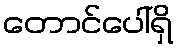
တောင်ပေါ်ရှိ